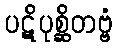
ပဋိပုစ္ဆိတဗ္ဗံ